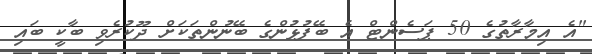
"އެ އިމާރާތުގެ 50 ޕަސެންޓް އެ ބޭފުޅުންގެ ބޭނުންތަކަށް ދޫކުރެވި ބާކީ ބައި